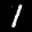
Label: 1